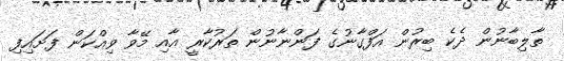
ތާލިބާނުން ދެކެ ބިރުން އަފްގާނުގެ ފަންނާނުން ތަރުކާރީ އާއި މޭވާ ވިއްކަން ފަށައިފި